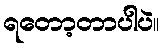
ရတော့တာပါပဲ။